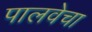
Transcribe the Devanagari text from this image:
पालवेचा